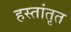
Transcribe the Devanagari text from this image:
हस्तांतृत